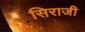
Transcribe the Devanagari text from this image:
सिराजी